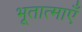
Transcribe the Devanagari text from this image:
भूतात्माएँ